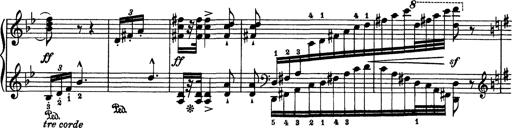
Title: Aus Lohengrin
Composer: Franz Liszt